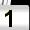
Digit: 1